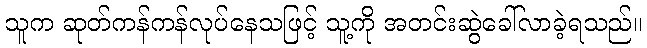
သူက ဆုတ်ကန်ကန်လုပ်နေသဖြင့် သူ့ကို အတင်းဆွဲခေါ်လာခဲ့ရသည်။